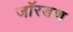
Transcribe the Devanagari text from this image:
जॉरडण